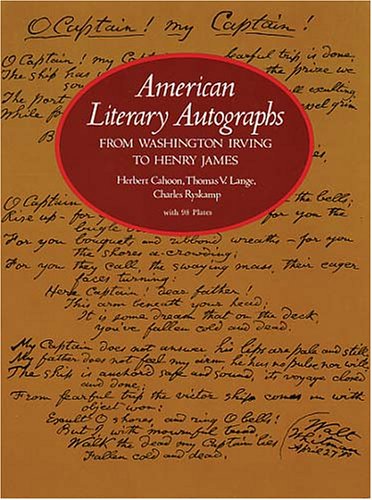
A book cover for American Literary Autographs from Washington Irving to Henry James; Herbert Cahoon; Crafts, Hobbies & Home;